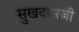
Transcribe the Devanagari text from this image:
सुखदासजी